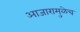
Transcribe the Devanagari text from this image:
आजारामुळेच